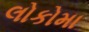
લોકોમા